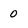
Character: 0